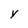
Character: y